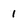
Character: 1